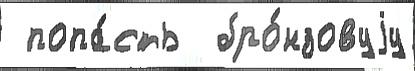
 попа́сть  бро́нзовуjу